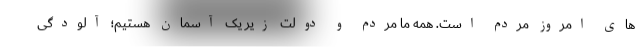
های امروز مردم است. همه ما مردم و دولت زیر یک آسمان هستیم؛ آلودگی